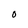
Character: O